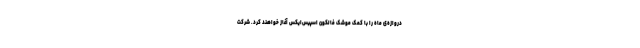
دروازه‌ی ماه را با کمک موشک فالکون اسپیس‌ایکس آغاز خواهند کرد. شرکت